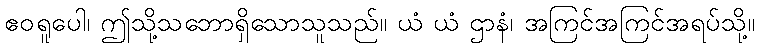
ဧဝရူပေါ၊ ဤသို့သဘောရှိသောသူသည်။ ယံ ယံ ဌာနံ၊ အကြင်အကြင်အရပ်သို့။